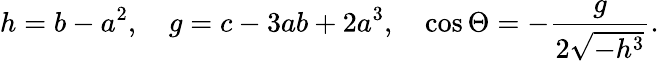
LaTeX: h=b-a^{2},\quad g=c-3ab+2a^{3},\quad\cos\Theta=-\frac{g}{2\sqrt{-h^{3}}}.